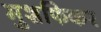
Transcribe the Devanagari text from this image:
मुशफिकर